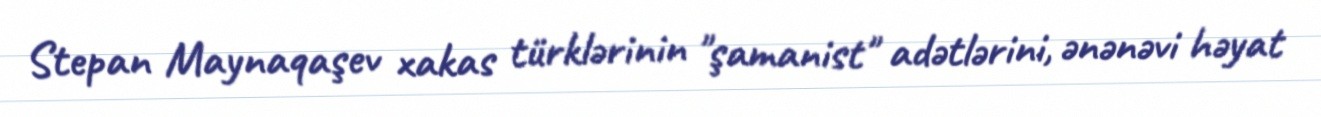
Stepan Maynaqaşev xakas türklərinin "şamanist" adətlərini, ənənəvi həyat